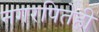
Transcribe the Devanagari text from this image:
नगरपितेही